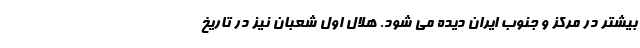
بیشتر در مرکز و جنوب ایران دیده می شود. هلال اول شعبان نیز در تاریخ